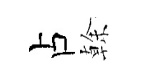
占𠏉